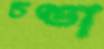
চণ্ডা